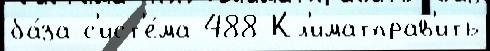
ба́за с'ист'е́ма 488 Кл'иматправ'ить